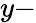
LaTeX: y-